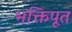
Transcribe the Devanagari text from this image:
भक्तिपूत